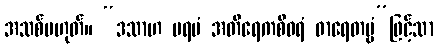
အသစ်မဟုတ်။ “ဒသာဟ ပရမံ အတိရေကစီဝရံ ဓာရေတဗ္ဗံ”ဖြင့်သာ